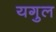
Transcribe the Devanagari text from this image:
यगुल